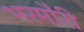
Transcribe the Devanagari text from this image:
भरमौरी